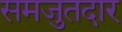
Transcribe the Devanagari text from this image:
समजुतदार